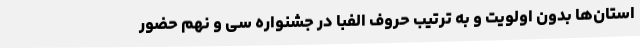
استان‌ها بدون اولویت و به ترتیب حروف الفبا در جشنواره سی و نهم حضور